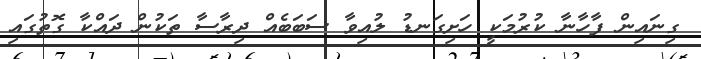
ގިނައިން ފާހާނާ ކުރުމަކީ ހަށިގަނޑު ލުއިވާ ސަބަބެއް ދިރާސާ ތަކުން ދައްކާ ގޮތުގައި